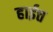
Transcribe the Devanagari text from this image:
हाईत्त